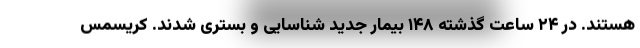
هستند. در ۲۴ ساعت گذشته ۱۴۸ بیمار جدید شناسایی و بستری شدند. کریسمس